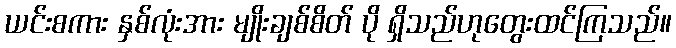
ယင်းစကား နှစ်လုံးအား မျိုးချစ်စိတ် ပို ရှိသည်ဟုတွေးထင်ကြသည်။